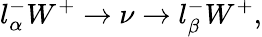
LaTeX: l_{\alpha}^{-}W^{+}\rightarrow\nu\rightarrow l_{\beta}^{-}W^{+},